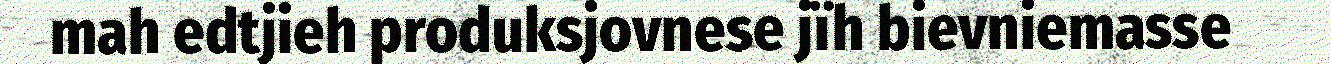
mah edtjieh produksjovnese jïh bievniemasse